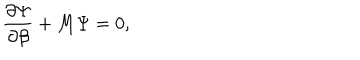
LaTeX: \frac { \partial \Psi } { \partial \beta } + M \Psi = 0 ,